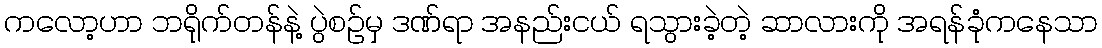
ကလော့ဟာ ဘရိုက်တန်နဲ့ ပွဲစဉ်မှ ဒဏ်ရာ အနည်းငယ် ရသွားခဲ့တဲ့ ဆာလားကို အရန်ခုံကနေသာ